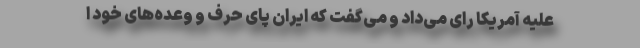
علیه آمریکا رای می‌داد و می‌گفت که ایران پای حرف و وعده‌های خود ا